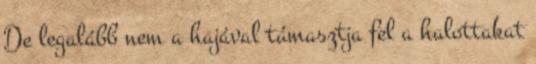
De legalább nem a hajával támasztja fel a halottakat